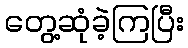
တွေ့ဆုံခဲ့ကြပြီး